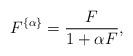
LaTeX: \begin{align*}F^{\{\alpha\}}= \frac{F}{1+\alpha F} , \end{align*}